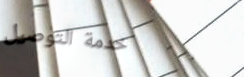
خدمة التوصيل